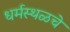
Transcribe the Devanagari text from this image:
धर्मस्थळचे